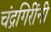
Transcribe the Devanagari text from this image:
चंद्रगिरींनी